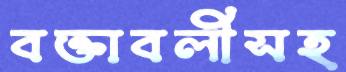
বক্তাবলীসহ